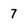
Character: 7